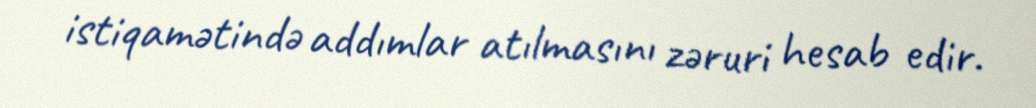
istiqamətində addımlar atılmasını zəruri hesab edir.